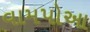
વામપોઆ